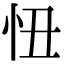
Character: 忸